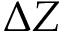
\Delta Z